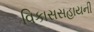
વિકાસસહાયની